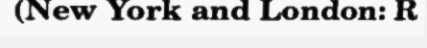
(New York and London: R